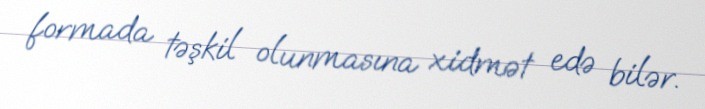
formada təşkil olunmasına xidmət edə bilər.